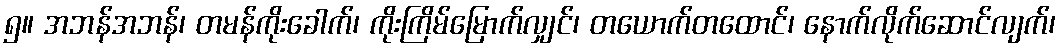
၅။ အဘန်အဘန်၊ တမန်ကိုးခေါက်၊ ကိုးကြိမ်မြောက်လျှင်၊ တယောက်တထောင်၊ နောက်လိုက်ဆောင်လျက်၊